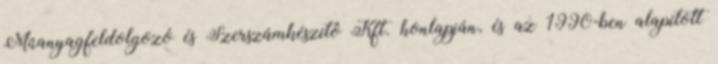
Mûanyagfeldolgozó és Szerszámkészítô Kft. honlapján, és az 1990-ben alapított